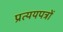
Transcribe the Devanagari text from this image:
प्रत्ययपत्रों